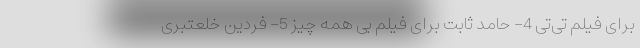
برای فیلم تی‌تی 4- حامد ثابت برای فیلم بی همه چیز 5- فردین خلعتبری